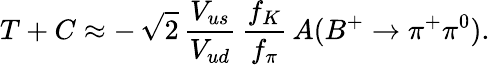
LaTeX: T+C\approx-\, \sqrt{2}\, \frac{V_{us}}{V_{ud}}\, \frac{f_{K}}{f_{\pi}}\, A(B^{+}\to\pi^{+}\pi^{0}).